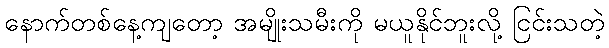
နောက်တစ်နေ့ကျတော့ အမျိုးသမီးကို မယူနိုင်ဘူးလို့ ငြင်းသတဲ့